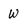
Character: w